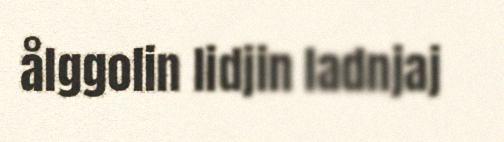
ålggolin lidjin ladnjaj